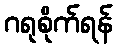
ဂရုစိုက်ရန်